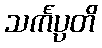
သင်္ကပ္ပတိ